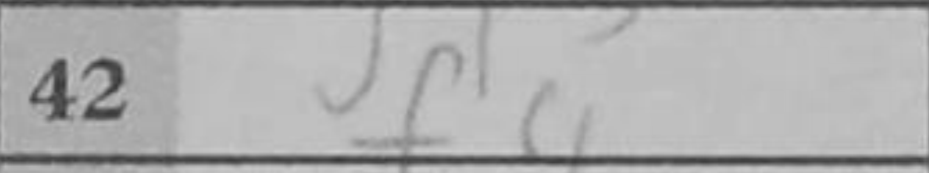
Transcription: f4